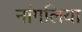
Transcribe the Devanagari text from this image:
नांगलिया